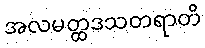
အလမတ္ထဒသတရာတိ